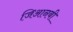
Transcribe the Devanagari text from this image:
जिआनबी